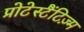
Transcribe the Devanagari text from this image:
प्रोटेस्टैंटिज़्म